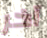
آخر